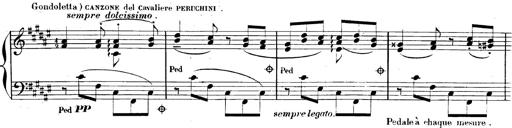
Title: AnnÃ©es de pÃ¨lerinage II, SupplÃ©ment
Composer: Franz Liszt